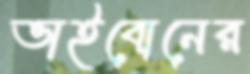
ভাইবোনের